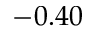
- 0 . 4 0